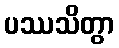
ပဿသိတွာ